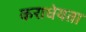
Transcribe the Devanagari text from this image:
कराधेयता